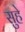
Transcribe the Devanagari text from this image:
सुहे